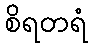
စိရတရံ